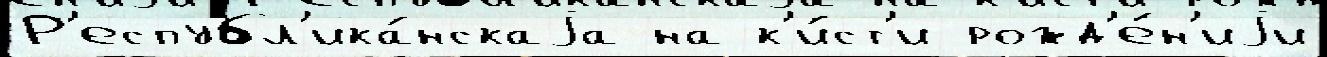
Р'еспубл'ика́нскаjа на к'и́ст'и рожд'е́н'иjи